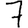
Digit: 7